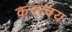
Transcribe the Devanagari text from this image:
करत्वय